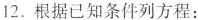
12.根据已知条件列方程：